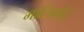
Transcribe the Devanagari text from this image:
मालिकों।